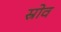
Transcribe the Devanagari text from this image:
स्रोव